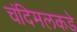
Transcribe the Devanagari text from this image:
चंदिमलकडे